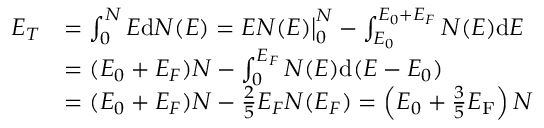
{ \begin{array} { r l } { E _ { T } } & { = \int _ { 0 } ^ { N } E \mathrm { d } N ( E ) = E N ( E ) { \big | } _ { 0 } ^ { N } - \int _ { E _ { 0 } } ^ { E _ { 0 } + E _ { F } } N ( E ) \mathrm { d } E } \\ & { = ( E _ { 0 } + E _ { F } ) N - \int _ { 0 } ^ { E _ { F } } N ( E ) \mathrm { d } ( E - E _ { 0 } ) } \\ & { = ( E _ { 0 } + E _ { F } ) N - { \frac { 2 } { 5 } } E _ { F } N ( E _ { F } ) = \left( E _ { 0 } + { \frac { 3 } { 5 } } E _ { \mathrm { F } } \right) N } \end{array} }